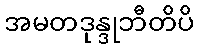
အမတဒုန္ဒုဘီတိပိ